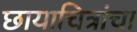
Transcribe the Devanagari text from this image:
छायाचित्रांचा